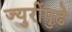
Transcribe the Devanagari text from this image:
ज्युरींपुढे